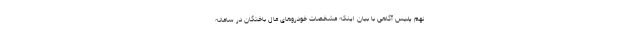
نهم پلیس آگاهی با بیان اینکه مشخصات خودروهای مال باختگان در سامانه